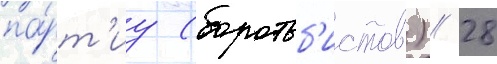
па́рт'иу (боротьб'истов) // 28